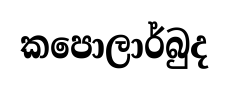
කපොලාර්බුද